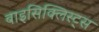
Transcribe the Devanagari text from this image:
बाइसिक्लिस्ट्स